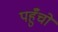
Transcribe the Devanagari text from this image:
पहुँचो